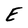
Character: E